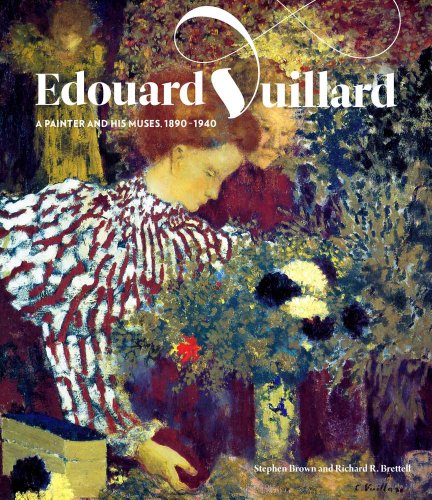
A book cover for Edouard Vuillard: A Painter and His Muses, 1890-1940 (Jewish Museum); Stephen Brown; Arts & Photography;